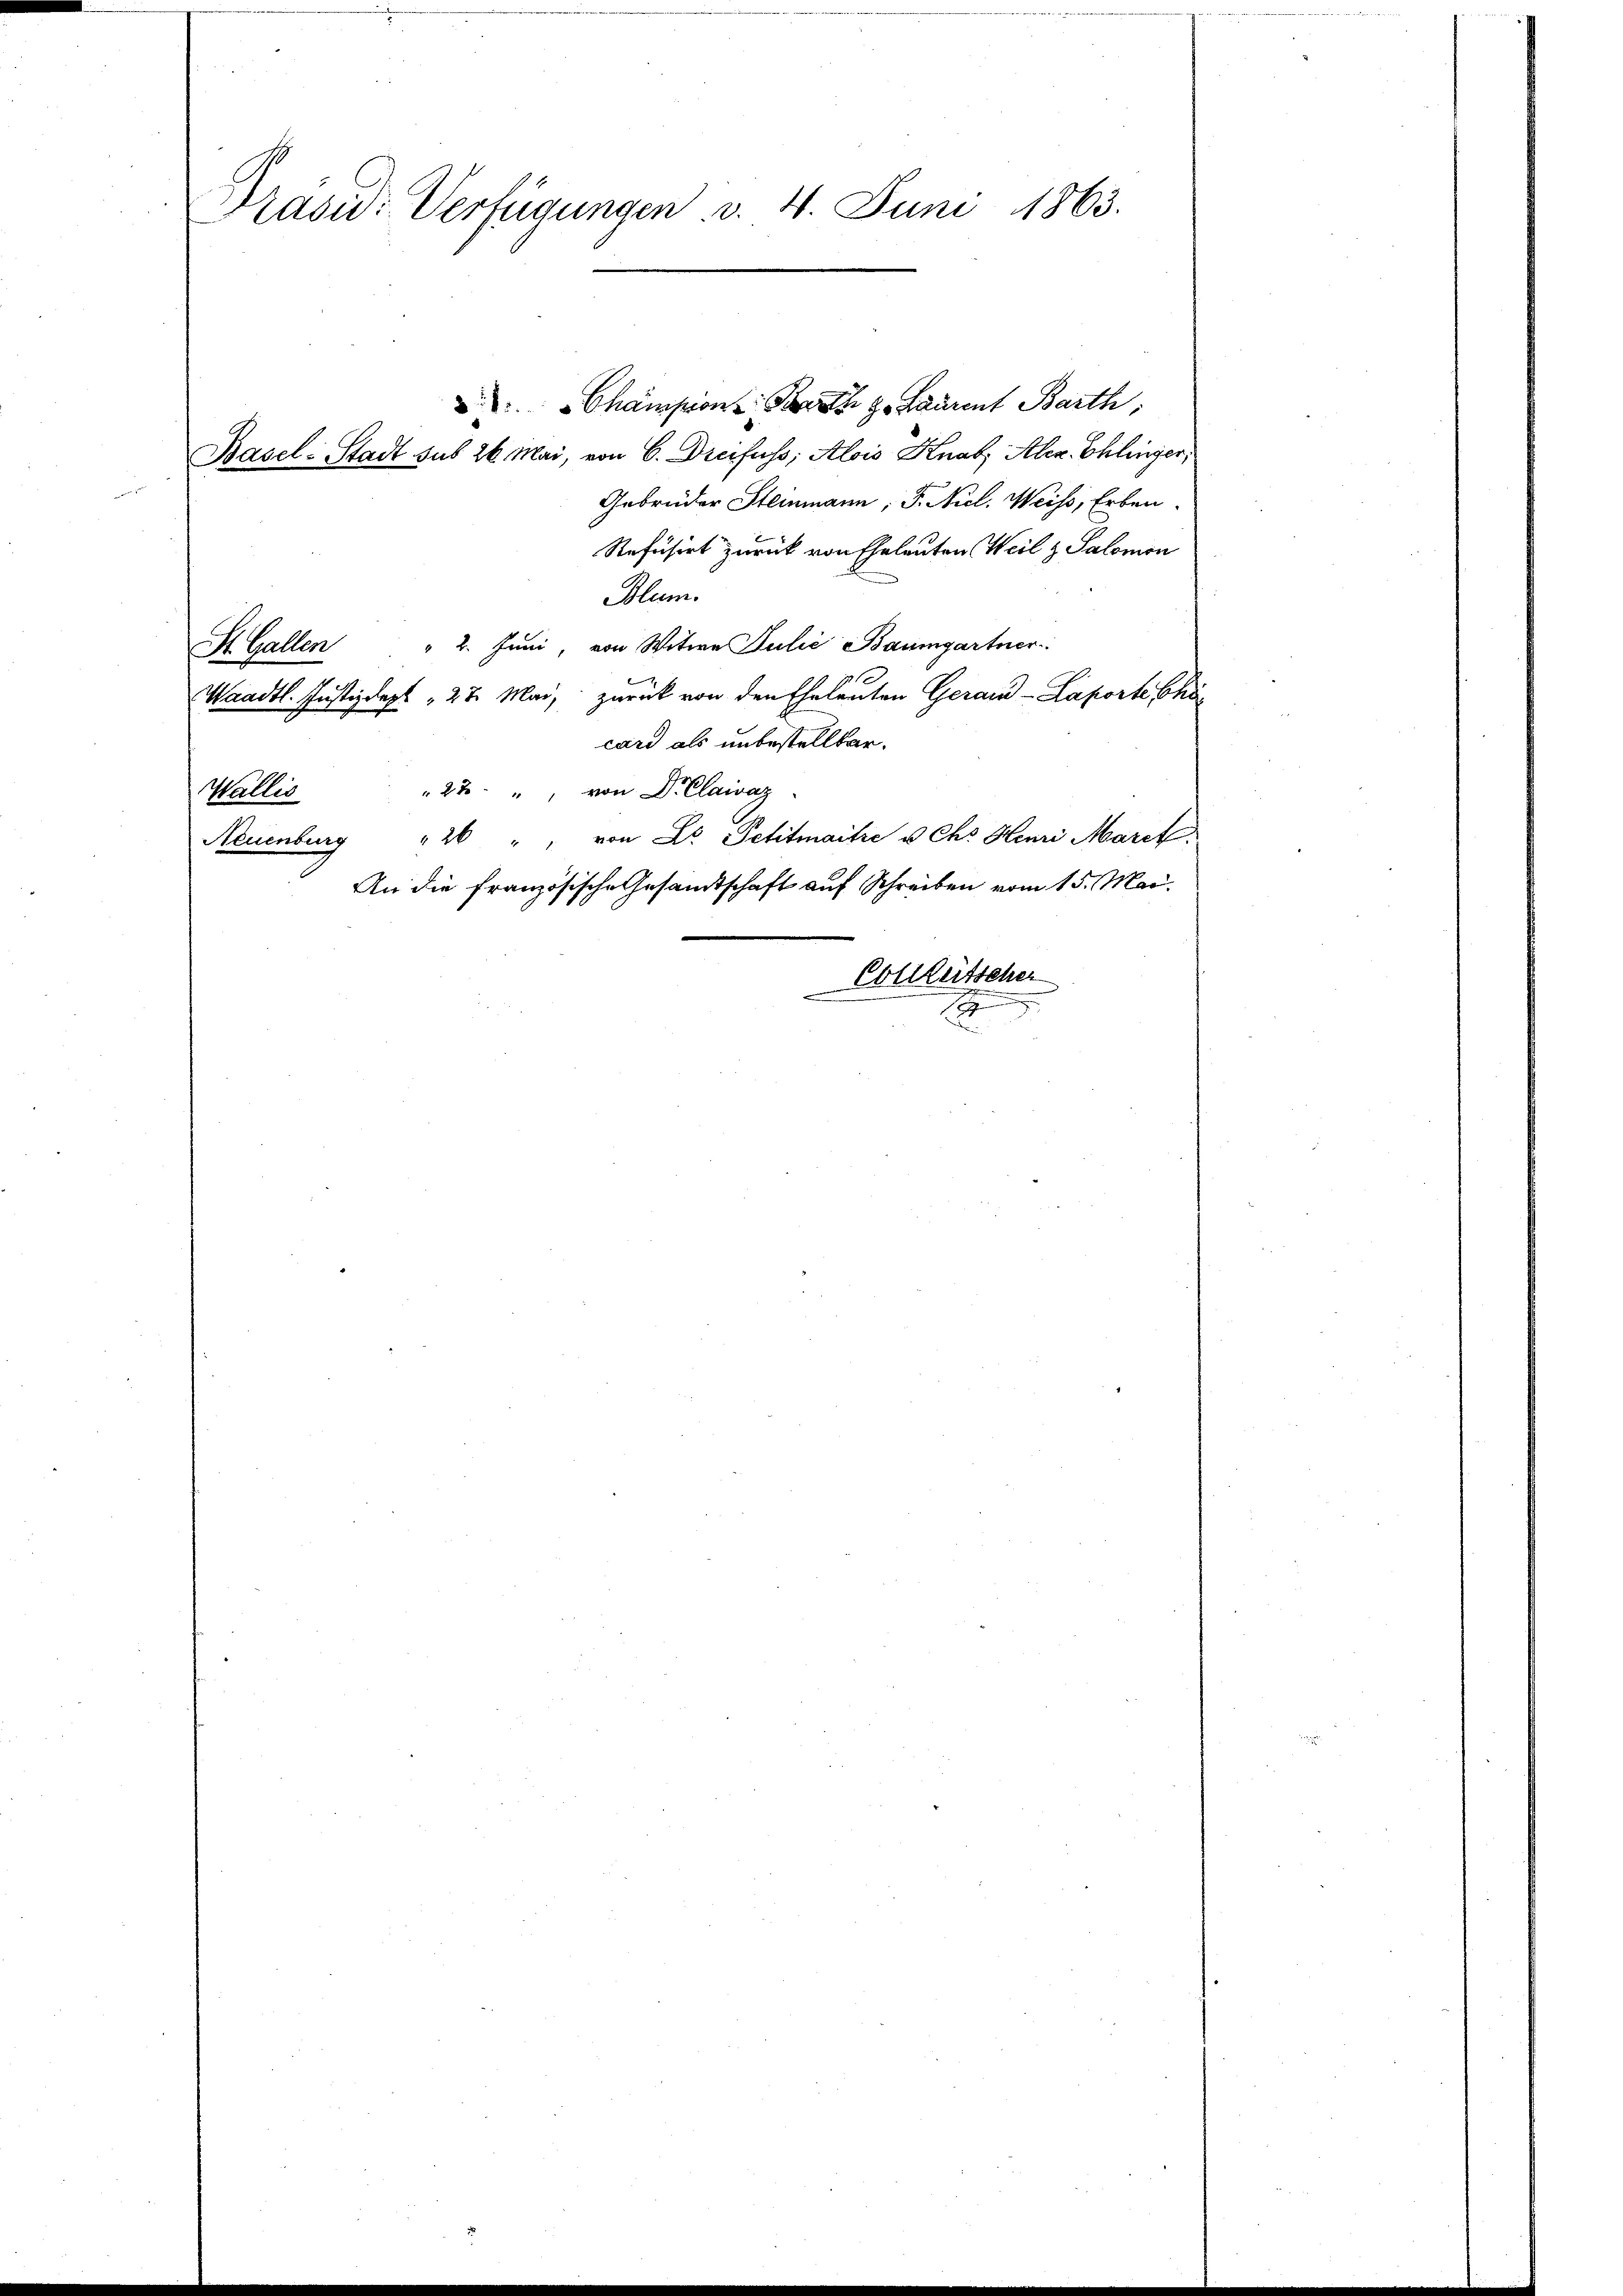
Präsid. Verfügungen v. 4. Juni 1863.

Champion: Bart z. Laurent Barth
Basel-Stadt sub 26. Mai, von C. Dreifuss; Alois Knab; Alex. Chlinger;
Gebrüder Steinmann, F. Nicl. Weiss, Erben.
Refüsirt zurück von Eheleuten Weil z. Salomon
Blum
" 2. Juni, von Witwe Julić Baumgartner
Waadt. Justizdept " 22. Mai, zurück von den Eheleuten Gerand -Laporte Chi
card als unbestellbar.
27 " von Dr Claivaz
Wallis
"26 " " von Dr. Petitmaitre u Ch. Henri Marck.
Neuenburg
An die französische Gesandtschaft auf Schreiben vom 15. Mai.
Collheitscher
.
S

St. Gallen